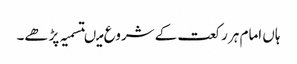
ہاں امام ہر رکعت کے شروع میںتسمیہ پڑھے۔